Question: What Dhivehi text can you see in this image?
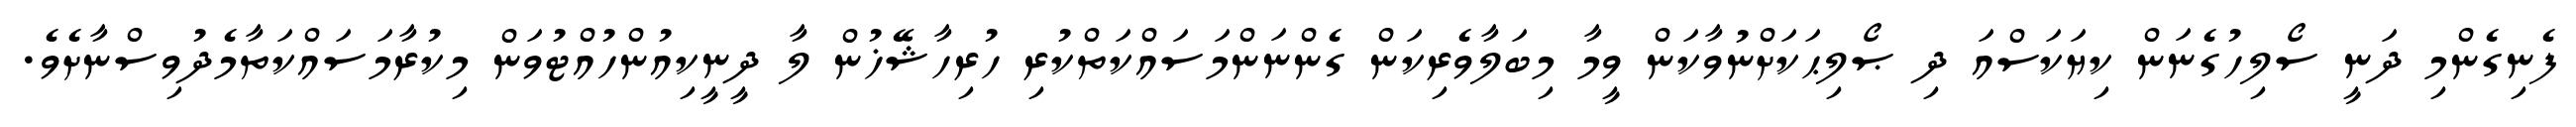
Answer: ފެނިގެންމި ދަނީ ސޯލިހުގެނަން ކިޔަކަސްއަ ދި ޞޯލިޙަކަށްނުވާކަން ވީމާ މިބަލާވެރިކަން ގެންނަންމަސައްކަތްކުރި ހުރިހާޝޭޚުން ލާ ދީނީކިއުންހުއްޓުވަން މިކުރާމަސައްކަތާމެދުވިސްނާށެވެ.